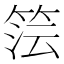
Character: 𮅔